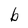
Character: b